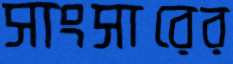
সাংসারের